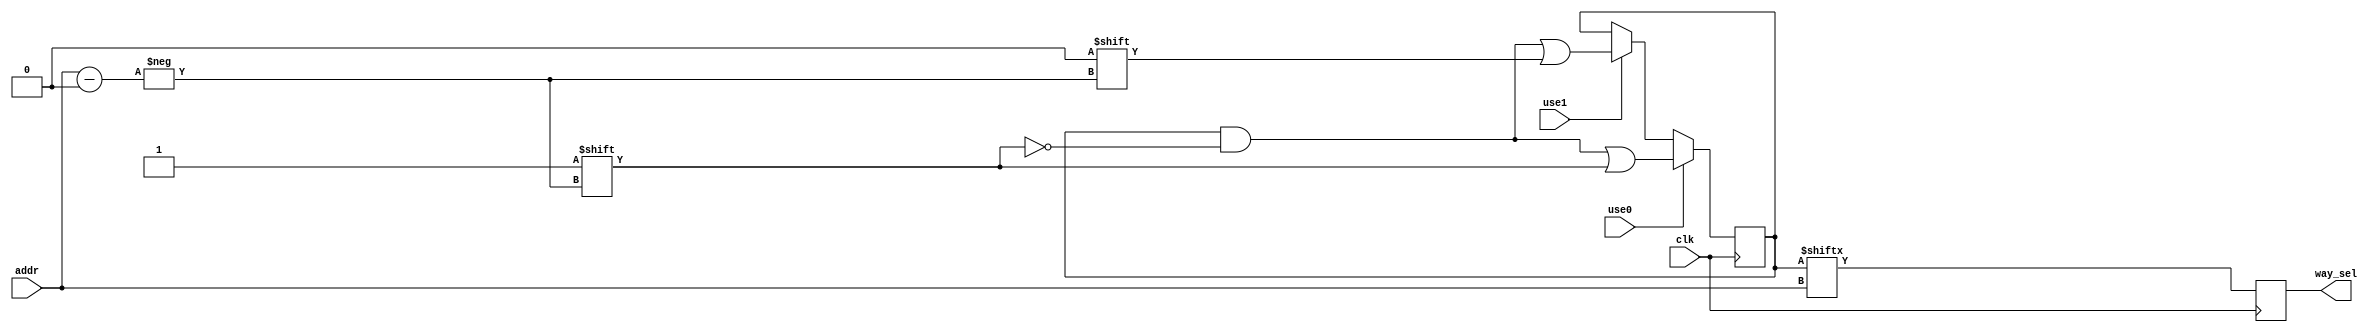
`timescale 1ns / 1ps
//////////////////////////////////////////////////////////////////////////////////
// Company: 
// Engineer: 
// 
// Design Name: 
// Module Name: Dache_lru
// Project Name: 
// Target Devices: 
// Tool Versions: 
// Description: 
// 
// Dependencies: 
// 
// Revision:
// Revision 0.01 - File Created
// Additional Comments:
// 
//////////////////////////////////////////////////////////////////////////////////


module Dcache_lru#(
    parameter   addr_width=4,
                way=2
)
(
    input       clk,
    input       use0,use1,
    input       [addr_width-1:0]addr,
    output reg  way_sel
    );
wire [way:0]useparam1 = 0; 
reg [(1<<addr_width)-1:0]record;
always @(posedge clk) begin
    way_sel <= record[addr];
    if(use0)record[addr]<=1;//1
    else if(use1)record[addr]<=0;//0
end   
endmodule